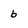
Character: b